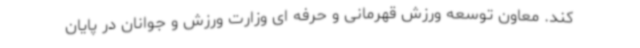
کند. معاون توسعه ورزش قهرمانی و حرفه ای وزارت ورزش و جوانان در پایان